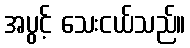
အပွင့် သေးငယ်သည်။